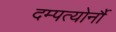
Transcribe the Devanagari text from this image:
दम्पत्योर्नौ